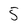
Character: 5